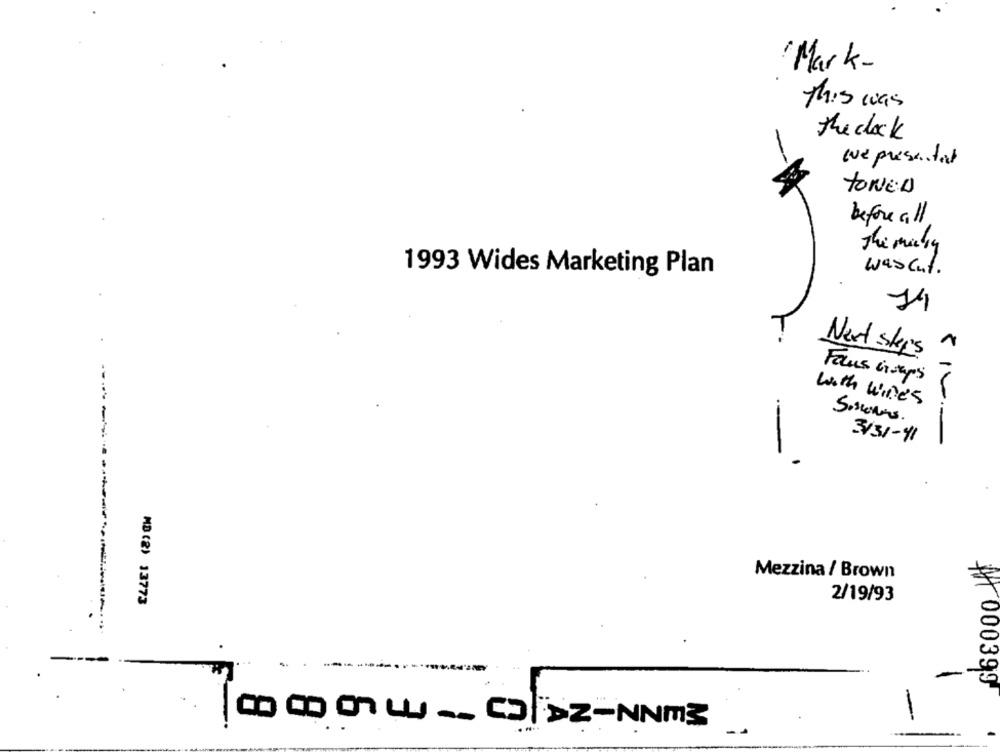
Mark-
This was
the clock
we presentat
TONED
before all
The many
was cut.
1993 Wides Marketing Plan
14
Next sky's
Focus Groups
with wines
Sommes.
3131-41
Mezzina / Brown
MD (2) 13773
2/19/93
# 000399
0 0 OT LU ~~ |DZ-NNm3